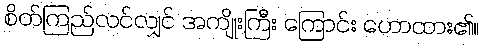
စိတ်ကြည်လင်လျှင် အကျိုးကြီး ကြောင်း ဟောထား၏။